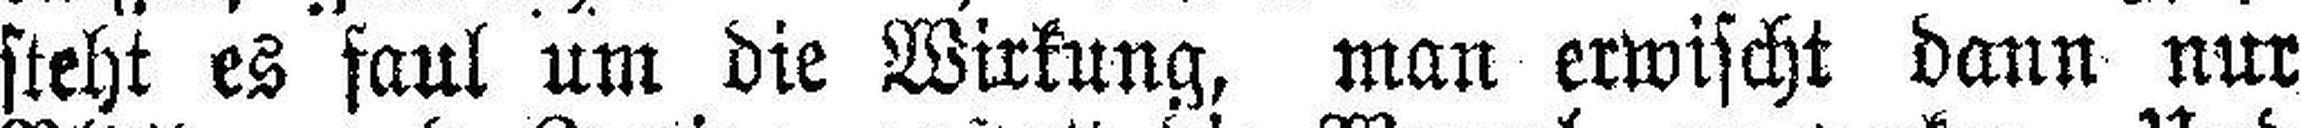
steht es faul um die Wirkung, man erwischt dann nur